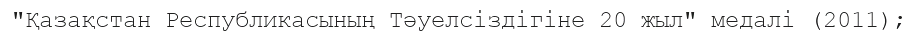
"Қазақстан Республикасының Тәуелсіздігіне 20 жыл" медалі (2011);